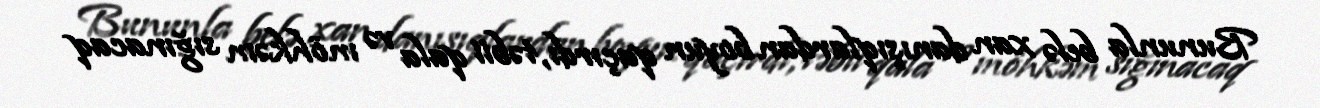
Bununla belə xan danışıqlardan boyun qaçırdı, təbii qala və möhkəm sığınacaq